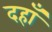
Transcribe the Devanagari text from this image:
दहाँ